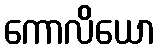
ကောလိယော